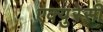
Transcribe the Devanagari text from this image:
एक्युरेसी